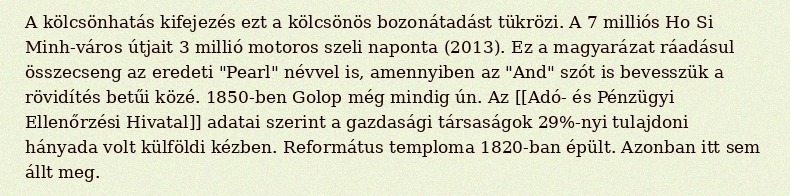
A kölcsönhatás kifejezés ezt a kölcsönös bozonátadást tükrözi. A 7 milliós Ho Si Minh-város útjait 3 millió motoros szeli naponta (2013). Ez a magyarázat ráadásul összecseng az eredeti "Pearl" névvel is, amennyiben az "And" szót is bevesszük a rövidítés betűi közé. 1850-ben Golop még mindig ún. Az [[Adó- és Pénzügyi Ellenőrzési Hivatal]] adatai szerint a gazdasági társaságok 29%-nyi tulajdoni hányada volt külföldi kézben. Református temploma 1820-ban épült. Azonban itt sem állt meg.